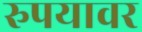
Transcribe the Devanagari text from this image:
रुपयावर